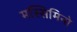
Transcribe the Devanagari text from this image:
मस्सिमिनो